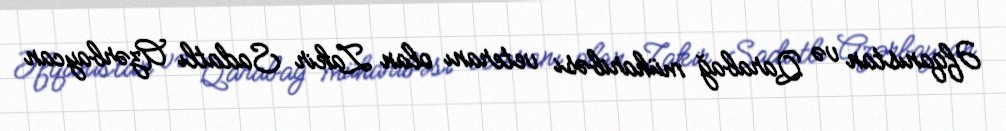
Əfqanıstan və Qarabağ müharibəsi veteranı olan Zakir Sadatlı Azərbaycan